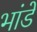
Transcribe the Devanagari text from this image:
भांडें